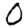
Digit: 0